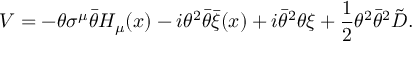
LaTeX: { \cal V } = - \theta \sigma ^ { \mu } \bar { \theta } H _ { \mu } ( x ) - i \theta ^ { 2 } \bar { \theta } \bar { \xi } ( x ) + i \bar { \theta } ^ { 2 } \theta \xi + \frac { 1 } { 2 } \theta ^ { 2 } \bar { \theta } ^ { 2 } \tilde { D } .